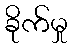
ခိုက်မှု